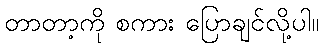
တာတာ့ကို စကား ပြောချင်လို့ပါ။